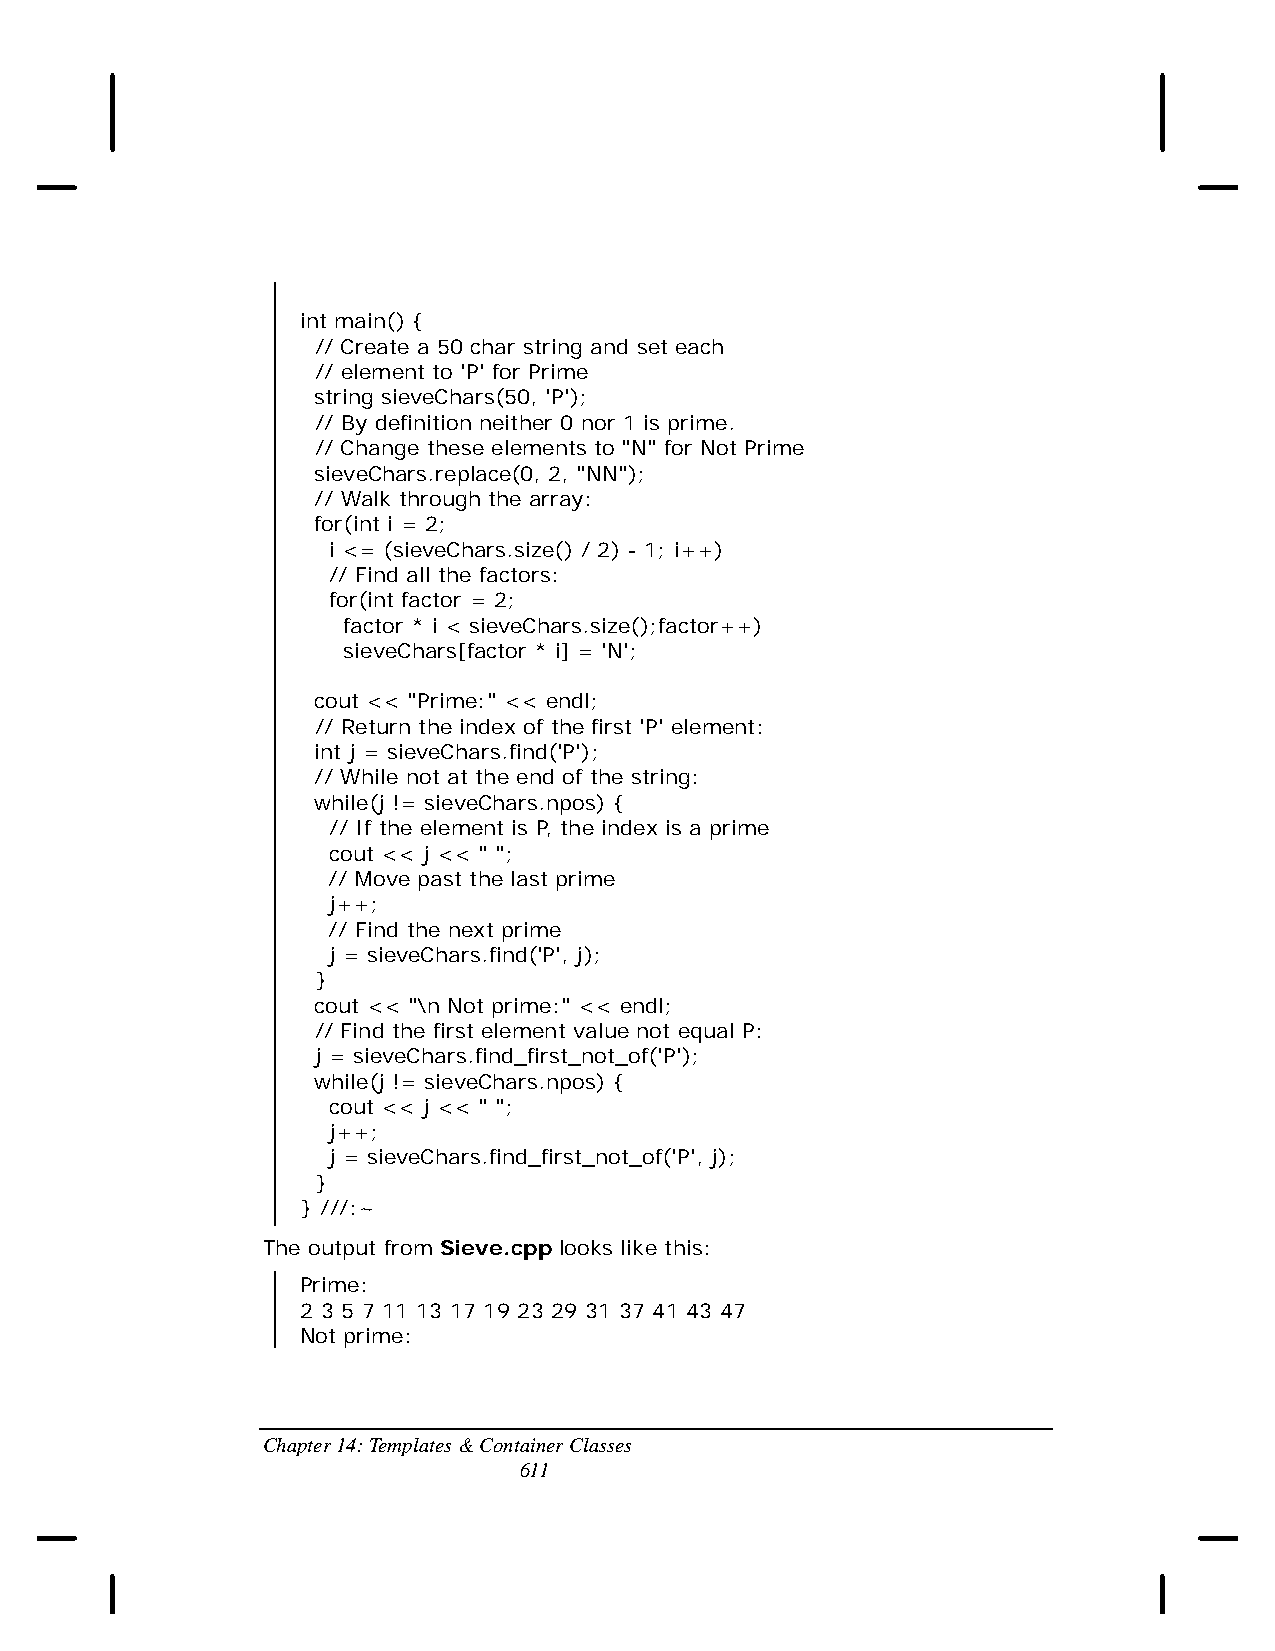
int main() {
 // Create a 50 char string and set each
 // element to 'P' for Prime
 string sieveChars(50, 'P');
 // By definition neither 0 nor 1 is prime.
 // Change these elements to "N" for Not Prime
 sieveChars.replace(0, 2, "NN");
 // Walk through the array:
 for(int i = 2;
 i <= (sieveChars.size() / 2) - 1; i++)
 // Find all the factors:
 for(int factor = 2;
 factor * i < sieveChars.size();factor++)
 sieveChars[factor * i] = 'N';
 cout << "Prime:" << endl;
 // Return the index of the first 'P' element:
 int j = sieveChars.find('P');
 // While not at the end of the string:
 while(j != sieveChars.npos) {
 // If the element is P, the index is a prime
 cout << j << " ";
 // Move past the last prime
 j++;
 // Find the next prime
 j = sieveChars.find('P', j);
 }
 cout << "\n Not prime:" << endl;
 // Find the first element value not equal P:
 j = sieveChars.find_first_not_of('P');
 while(j != sieveChars.npos) {
 cout << j << " ";
 j++;
 j = sieveChars.find_first_not_of('P', j);
 }
 } ///:~
 The output from Sieve.cpp looks like this:
 Prime:
 2 3 5 7 11 13 17 19 23 29 31 37 41 43 47
 Not prime:
 Chapter 14: Templates & Container Classes
 611